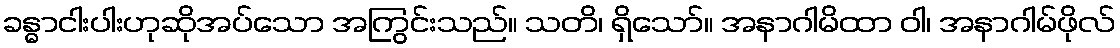
ခန္ဓာငါးပါးဟုဆိုအပ်သော အကြွင်းသည်။ သတိ၊ ရှိသော်။ အနာဂါမိထာ ဝါ၊ အနာဂါမ်ဖိုလ်